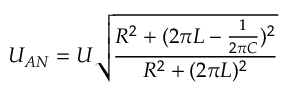
U _ { A N } = U \sqrt { \frac { R ^ { 2 } + ( 2 \pi L - \frac { 1 } { 2 \pi C } ) ^ { 2 } } { R ^ { 2 } + ( 2 \pi L ) ^ { 2 } } }